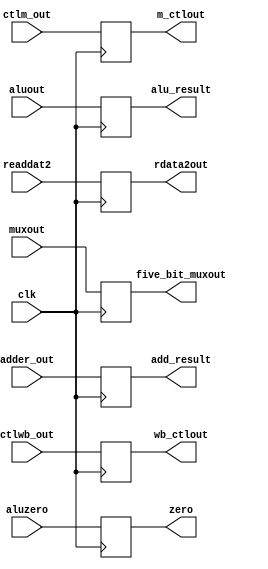
module EX_MEM(input        clk,
              input [1:0]  ctlwb_out, 
              input [2:0]  ctlm_out,
				  input [31:0] adder_out,
				  input        aluzero,
				  input [31:0] aluout,
				  input [31:0] readdat2,
				  input [4:0]  muxout,
				  output reg [1:0]  wb_ctlout,
				  output reg [2:0]  m_ctlout,
				  output reg [31:0] add_result,
				  output reg        zero,
				  output reg [31:0] alu_result,
				  output reg [31:0] rdata2out,
				  output reg [4:0]  five_bit_muxout);

	// Initialize.
	initial begin
		wb_ctlout <= 0;
		m_ctlout <= 0;
		add_result <= 0;
		zero <= 0;
		alu_result <= 0;
		rdata2out <= 0;
		five_bit_muxout  <= 0;	
	end

	// Update.
	always @ (posedge clk)
		begin
			wb_ctlout <= ctlwb_out;
			m_ctlout <= ctlm_out;
			add_result <= adder_out;
			zero <= aluzero;
			alu_result <= aluout;
			rdata2out <= readdat2;
			five_bit_muxout  <= muxout;
		end
endmodule